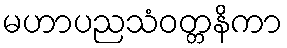
မဟာပညသံဝတ္တနိကာ